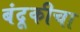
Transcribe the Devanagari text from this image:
बंदूकीचा